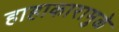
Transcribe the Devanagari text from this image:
हाहाकारामुळे